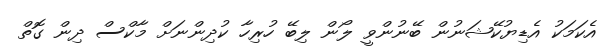
އެކަމަކު އެޑިޔުކޭޝަނުން ބޭނުންވީ ލޯން ލިބޭ ހުރިހާ ކުދިންނަށް މާކްސް ދިން ގޮތް